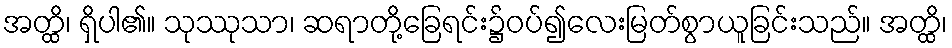
အတ္ထိ၊ ရှိပါ၏။ သုဿုသာ၊ ဆရာတို့ခြေရင်း၌ဝပ်၍လေးမြတ်စွာယူခြင်းသည်။ အတ္ထိ၊